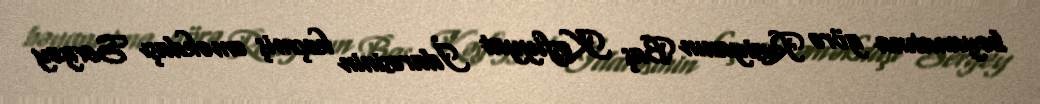
bəyanatına görə Rusiyanın Baş Kəşfiyyat İdarəsinin keçmiş əməkdaşı Sergey